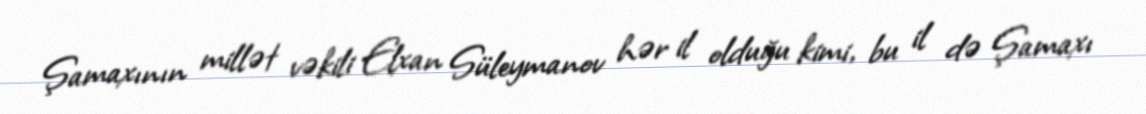
Şamaxının millət vəkili Elxan Süleymanov hər il olduğu kimi, bu il də Şamaxı